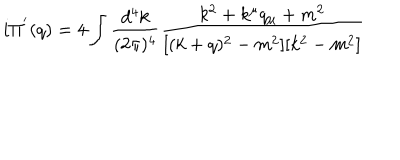
LaTeX: i \Pi ^ { ' } ( q ) = 4 \int \frac { d ^ { 4 } k } { ( 2 \pi ) ^ { 4 } } \frac { k ^ { 2 } + k ^ { \mu } q _ { \mu } + m ^ { 2 } } { [ ( k + q ) ^ { 2 } - m ^ { 2 } ] [ k ^ { 2 } - m ^ { 2 } ] }